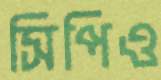
সিপিও